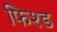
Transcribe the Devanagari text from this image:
फिश्ड